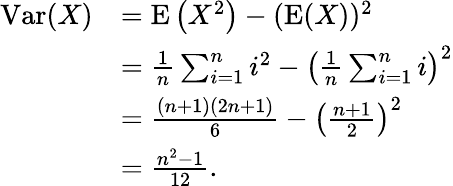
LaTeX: {\begin{array}{rl}{\operatorname{Var}(X)}&{=\operatorname{E}\left(X^{2}\right)-(\operatorname{E}(X))^{2}}\\ &{={\frac{1}{n}}\sum_{i=1}^{n}i^{2}-\left({\frac{1}{n}}\sum_{i=1}^{n}i\right)^{2}}\\ &{={\frac{(n+1)(2n+1)}{6}}-\left({\frac{n+1}{2}}\right)^{2}}\\ &{={\frac{n^{2}-1}{12}}.}\end{array}}